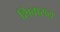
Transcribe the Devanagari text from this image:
शिवाख्य